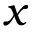
x